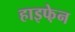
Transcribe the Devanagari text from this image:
हाइफे़न